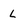
Character: l